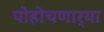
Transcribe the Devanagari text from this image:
पोहोचणार्‍या